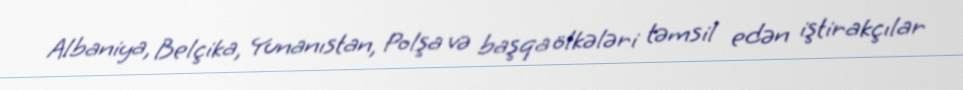
Albaniya, Belçika, Yunanıstan, Polşa və başqa ölkələri təmsil edən iştirakçılar